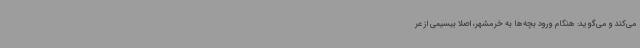
می‌کند و می‌گوید: هنگام ورود بچه‌ها به خرمشهر، اصلاً بیسیمی از عر